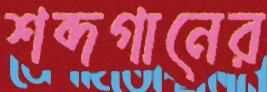
শব্দগানের